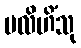
ပလိဟိံသု